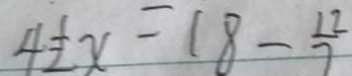
4 \frac { 1 } { 2 } x = 1 8 - \frac { 1 2 } { 7 }